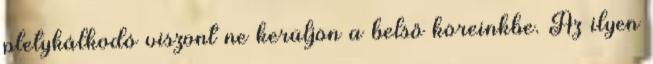
pletykálkodó viszont ne kerüljön a belső köreinkbe. Az ilyen